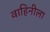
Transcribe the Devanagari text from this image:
वाहिनीला